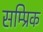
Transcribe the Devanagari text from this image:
सम्प्रिक